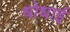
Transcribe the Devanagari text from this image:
धोधाई